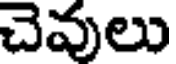
చెవులు